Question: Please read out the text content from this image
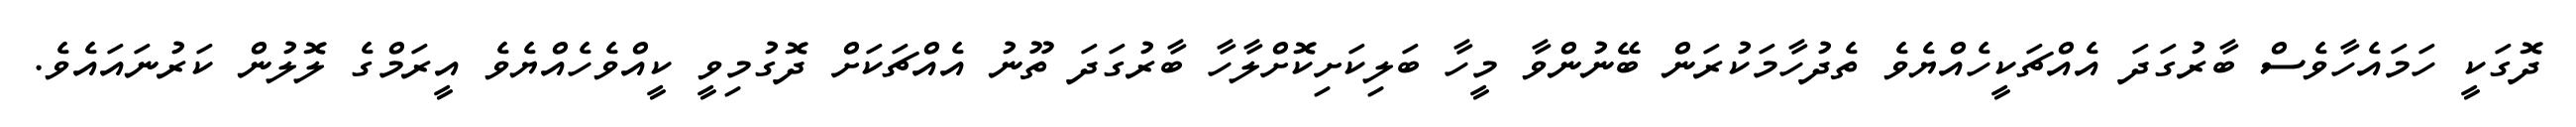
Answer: ދޮގަކީ ހަމައެހާވެސް ބާރުގަދަ އެއްޗަކީހެއްޔެވެ ތެދުހާމަކުރަން ބޭނުންވާ މީހާ ބަލިކަށިކޮށްލާހާ ބާރުގަދަ ތޫނު އެއްޗަކަށް ދޮގުމިވީ ކީއްވެހެއްޔެވެ އީރަމްގެ ލޮލުން ކަރުނައައެވެ.